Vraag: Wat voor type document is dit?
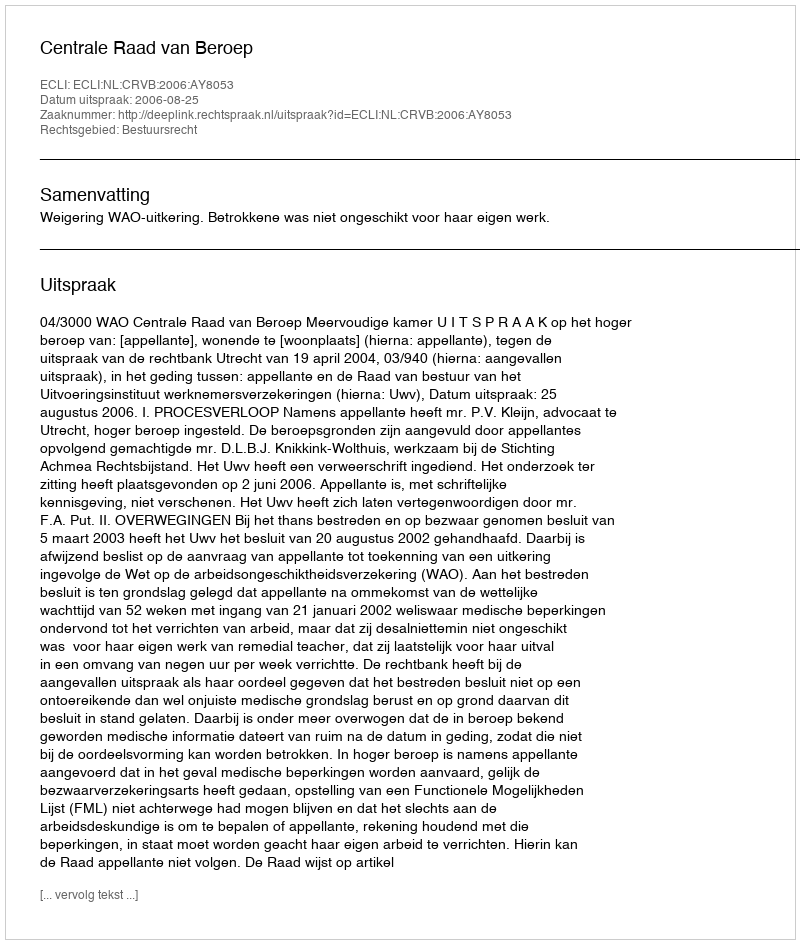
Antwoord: Uitspraak